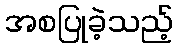
အစပြုခဲ့သည့်